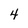
Character: 4